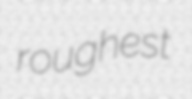
roughest